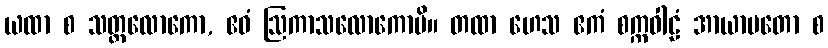
ယထာ စ သတ္တလောကော, ဧဝံ ဩကာသလောကောပိ။ တထာ ဟေသ ဧကံ စက္ကဝါဠံ အာယာမတော စ